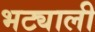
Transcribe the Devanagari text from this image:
भट्याली